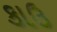
કાઉ